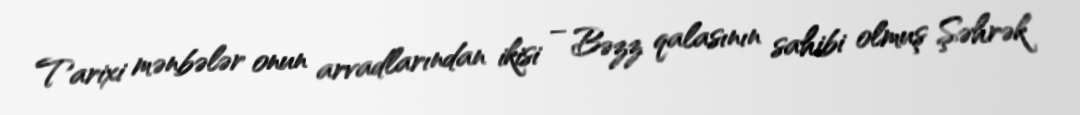
Tarixi mənbələr onun arvadlarından ikisi – Bəzz qalasının sahibi olmuş Şəhrək